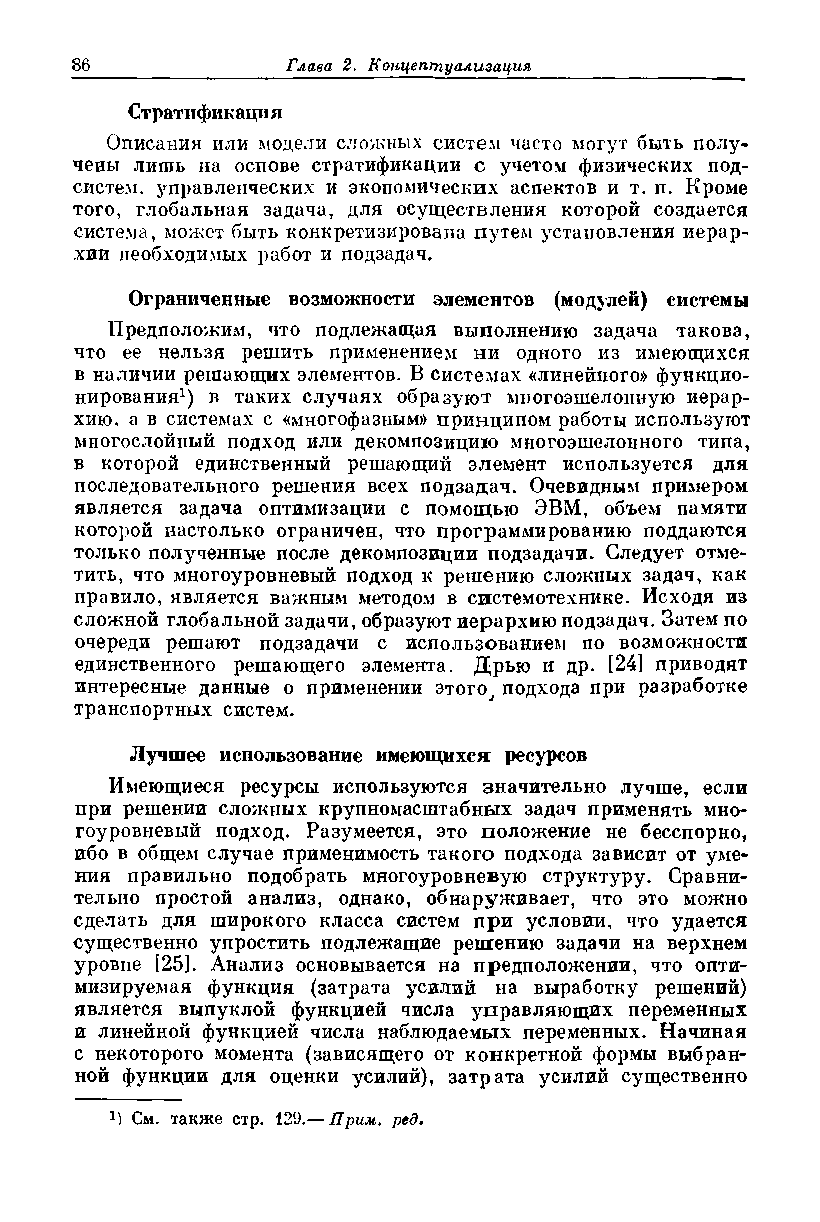
Стратификация
 Описания или модели сложных систем часто могут быть полу­
 чены лишь на основе стратификации с учетом физических под­
 систем, управленческих и экономических аспектов и т. п. Кроме
 того, глобальная задача, для осуществления которой создается
 система, может быть конкретизирована путем установления иерар­
 хии необходимых работ и подзадач.
 Ограниченные возможности элементов (модулей) системы
 Предположим, что подлежащая выполнению задача такова,
 что ее нельзя решить применением ни одного из имеющихся
 в наличии решающих элементов. В системах «линейного» функцио­
 нирования1) в таких случаях образуют многоэшелонную иерар­
 хию, а в системах с «многофазным» принципом работы используют
 многослойный подход или декомпозицию многоэшелонного типа,
 в которой единственный решающий элемент используется для
 последовательного решения всех подзадач. Очевидным примером
 является задача оптимизации с помощью ЭВМ, объем памяти
 которой настолько ограничен, что программированию поддаются
 только полученные после декомпозиции подзадачи. Следует отме­
 тить, что многоуровневый подход к решению сложных задач, как
 правило, является важным методом в системотехнике. Исходя из
 сложной глобальной задачи, образуют иерархию подзадач. Затем по
 очереди решают подзадачи с использованием по возможности
 единственного решающего элемента. Дрью и др. [24] приводят
 интересные данные о применении 3Toroj подхода при разработке
 транспортных систем.
 Лучшее использование имеющихся ресурсов
 Имеющиеся ресурсы используются значительно лучше, если
 при решении сложных крупномасштабных задач применять мно­
 гоуровневый подход. Разумеется, это положение не бесспорно,
 ибо в общем случае применимость такого подхода зависит от уме­
 ния правильно подобрать многоуровневую структуру. Сравни­
 тельно простой анализ, однако, обнаруживает, что это можно
 сделать для широкого класса систем при условии, что удается
 существенно упростить подлежащие решению задачи на верхнем
 уровне [25]. Анализ основывается на предположении, что опти­
 мизируемая функция (затрата усилий на выработку решений)
 является выпуклой функцией числа управляющих переменных
 и линейной функцией числа наблюдаемых переменных. Начиная
 с некоторого момента (зависящего от конкретной формы выбран­
 ной функции для оценки усилий), затрата усилий существенно
 М См. также стр. 129.— Прим. ред.